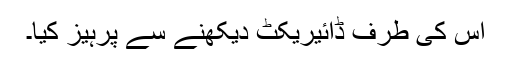
اس کی طرف ڈائیریکٹ دیکھنے سے پرہیز کیا۔